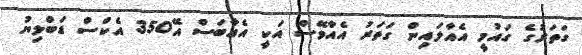
ގަތަރުގެ ގައުމީ އެއާލައިން ގަތަރު އެއާވޭސް އަކީ އެއާބަސް އޭ350 އެކްސް ޑަބްލިޔު